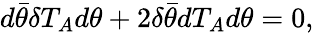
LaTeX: d\bar{\theta}\delta T_{A}d\theta+2\delta\bar{\theta}dT_{A}d\theta=0,